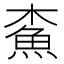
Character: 𩵴